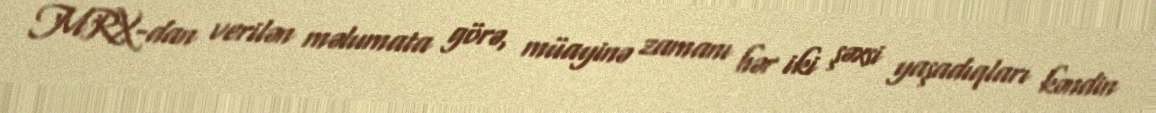
MRX-dan verilən məlumata görə, müayinə zamanı hər iki şəxsi yaşadıqları kəndin